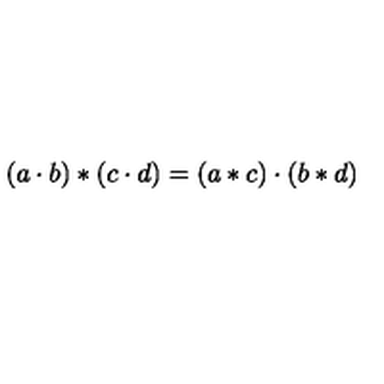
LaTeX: \left( a \cdot b \right) * \left( c \cdot d \right) = \left( a * c \right) \cdot \left( b * d \right)